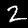
Digit: 2